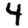
Digit: 4